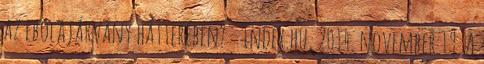
az ebolajárvány hátterében? – Index.hu, 2014. november 19. A